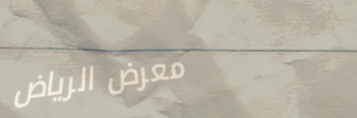
معرض الرياض